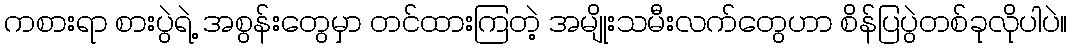
ကစားရာ စားပွဲရဲ့ အစွန်းတွေမှာ တင်ထားကြတဲ့ အမျိုးသမီးလက်တွေဟာ စိန်ပြပွဲတစ်ခုလိုပါပဲ။